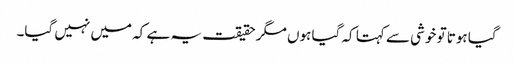
گیا ہوتا تو خوشی سے کہتا کہ گیا ہوں مگر حقیقت یہ ہے کہ میں نہیں گیا۔